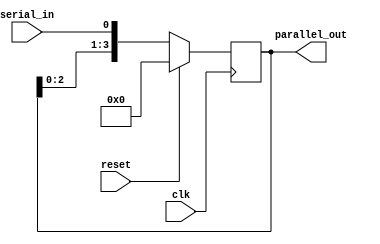
module SIPO_shift_register (
  input wire clk,
  input wire reset,
  input wire serial_in,
  output reg [3:0] parallel_out
);

reg [3:0] data_reg;

always @(posedge clk) begin
  if (reset) begin
    data_reg <= 4'b0000;
  end else begin
    data_reg <= {data_reg[2:0], serial_in};
  end
end

assign parallel_out = data_reg;

endmodule